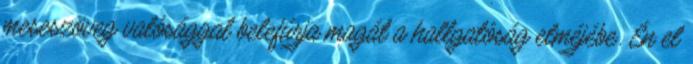
meseszöveg valósággal belefúrja magát a hallgatóság elméjébe. Én el